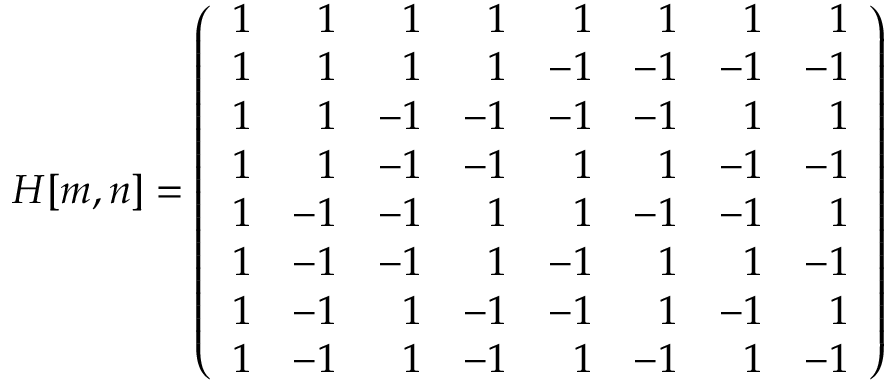
H [ m , n ] = \left( { \begin{array} { r r r r r r r r } { 1 } & { 1 } & { 1 } & { 1 } & { 1 } & { 1 } & { 1 } & { 1 } \\ { 1 } & { 1 } & { 1 } & { 1 } & { - 1 } & { - 1 } & { - 1 } & { - 1 } \\ { 1 } & { 1 } & { - 1 } & { - 1 } & { - 1 } & { - 1 } & { 1 } & { 1 } \\ { 1 } & { 1 } & { - 1 } & { - 1 } & { 1 } & { 1 } & { - 1 } & { - 1 } \\ { 1 } & { - 1 } & { - 1 } & { 1 } & { 1 } & { - 1 } & { - 1 } & { 1 } \\ { 1 } & { - 1 } & { - 1 } & { 1 } & { - 1 } & { 1 } & { 1 } & { - 1 } \\ { 1 } & { - 1 } & { 1 } & { - 1 } & { - 1 } & { 1 } & { - 1 } & { 1 } \\ { 1 } & { - 1 } & { 1 } & { - 1 } & { 1 } & { - 1 } & { 1 } & { - 1 } \end{array} } \right)